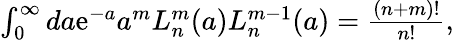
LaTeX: \begin{array}{r}{\int_{0}^{\infty}da\mathrm{e}^{-a}a^{m}L_{n}^{m}(a)L_{n}^{m-1}(a)=\frac{(n+m)!}{n!},}\end{array}